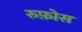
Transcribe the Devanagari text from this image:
रुफ़ोस